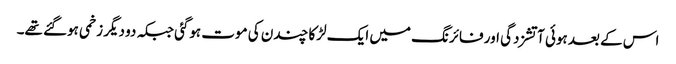
اس کے بعد ہوئی آتشزدگی اور فائرنگ میں ایک لڑکا چندن کی موت ہوگئی جبکہ دو دیگر زخمی ہوگئے تھے۔